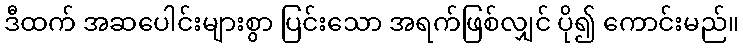
ဒီထက် အဆပေါင်းများစွာ ပြင်းသော အရက်ဖြစ်လျှင် ပို၍ ကောင်းမည်။